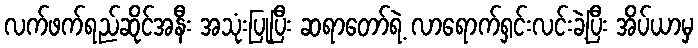
လက်ဖက်ရည်ဆိုင်အနီး အသုံးပြုပြီး ဆရာတော်ရဲ့ လာရောက်ရှင်းလင်းခဲ့ပြီး အိပ်ယာမှ